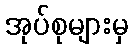
အုပ်စုများမှ